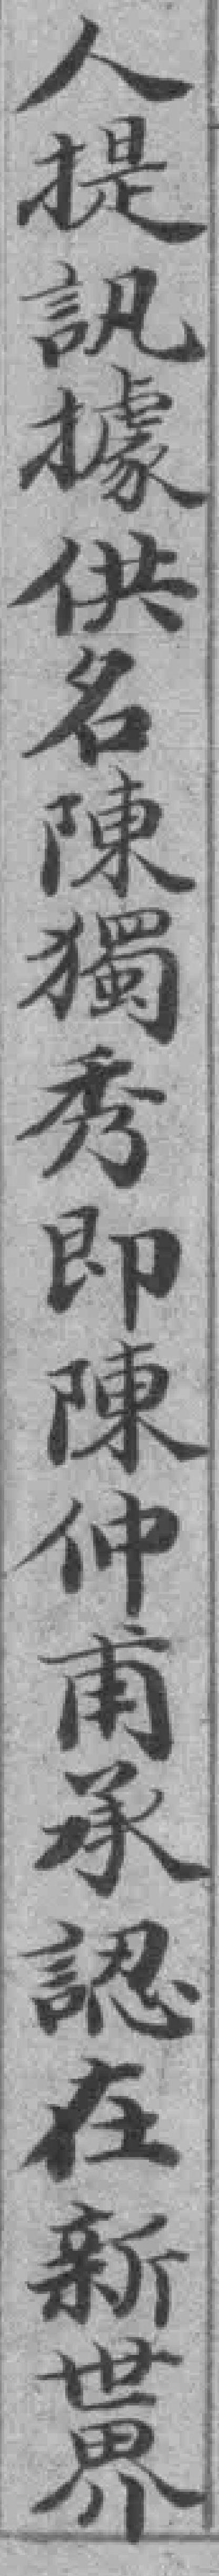
人提訊據供名陳獨秀即陳仲甫承認在新世界